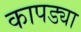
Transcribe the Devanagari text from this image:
कापड्या